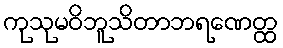
ကုသုမဝိဘူသိတာဘရဏေတ္ထ